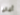
ألبانيا